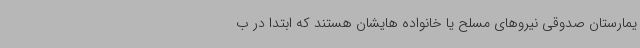
یمارستان صدوقی نیروهای مسلح یا خانواده هایشان هستند که ابتدا در ب